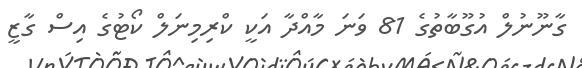
ގާނޫނުލް އުގޫބާތުގެ 81 ވަނަ މާއްދާ އަކީ ކްރިމިނަލް ކޯޓުގެ އިސް ގާޒީ